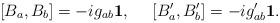
LaTeX: \begin{align*} [B_a,B_b]=-ig_{ab}{\bf 1},~~~~ [B'_a,B'_b]=-ig'_{ab}{\bf 1}.\end{align*}